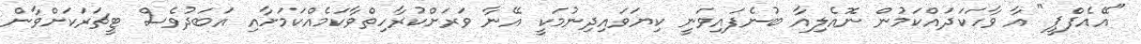
"އޭއެފްޕީ" އާ ވާހަކަދައްކަމުން ނޮއެލިއާ ބުނެފައިވަނީ ކިޔަވައިދިނުމަކީ އޭނާ ވަރަށްކުރާހިތްވާކަމެއްކަމަށާއި އަބަދުވެސް ޓީޗަރަކަށްވާން